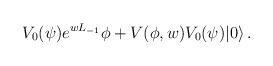
LaTeX: \begin{align*}V_0(\psi)e^{wL_{-1}}\phi+V(\phi,w)V_0(\psi)|0\rangle\,.\end{align*}